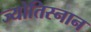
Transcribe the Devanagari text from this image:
ज्योतिस्नान